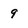
Character: 9